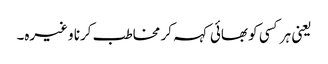
یعنی ہر کسی کو بھائی کہہ کر مخاطب کرنا وغیرہ۔